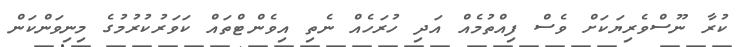
ކުރާ ނޫސްވެރިޔަކަށް ވެސް ފިއްތުމެއް އަދި ހުރަހެއް ނެތި އިވެންޓްތައް ކަވަރުކުރުމުގެ މިނިވަންކަން